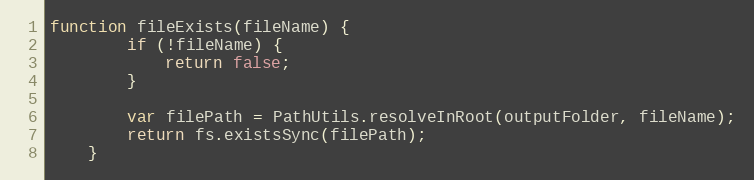
Language: JavaScript
function fileExists(fileName) {
        if (!fileName) {
            return false;
        }

        var filePath = PathUtils.resolveInRoot(outputFolder, fileName);
        return fs.existsSync(filePath);
    }